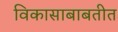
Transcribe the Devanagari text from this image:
विकासाबाबतीत